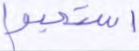
استحبوا